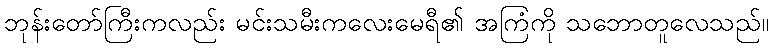
ဘုန်းတော်ကြီးကလည်း မင်းသမီးကလေးမေရီ၏ အကြံကို သဘောတူလေသည်။